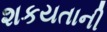
શકયતાની